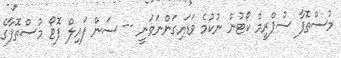
މުސްތޮފާ ސުޕްރީމް ކޯޓުން ނުކުމެ ވަޑައިގަންނަވަނީ -- ސަން ފައިލް ފޮޓޯ މުސްތޮފާގެ